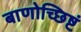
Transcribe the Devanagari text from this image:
बाणोच्छिष्टं